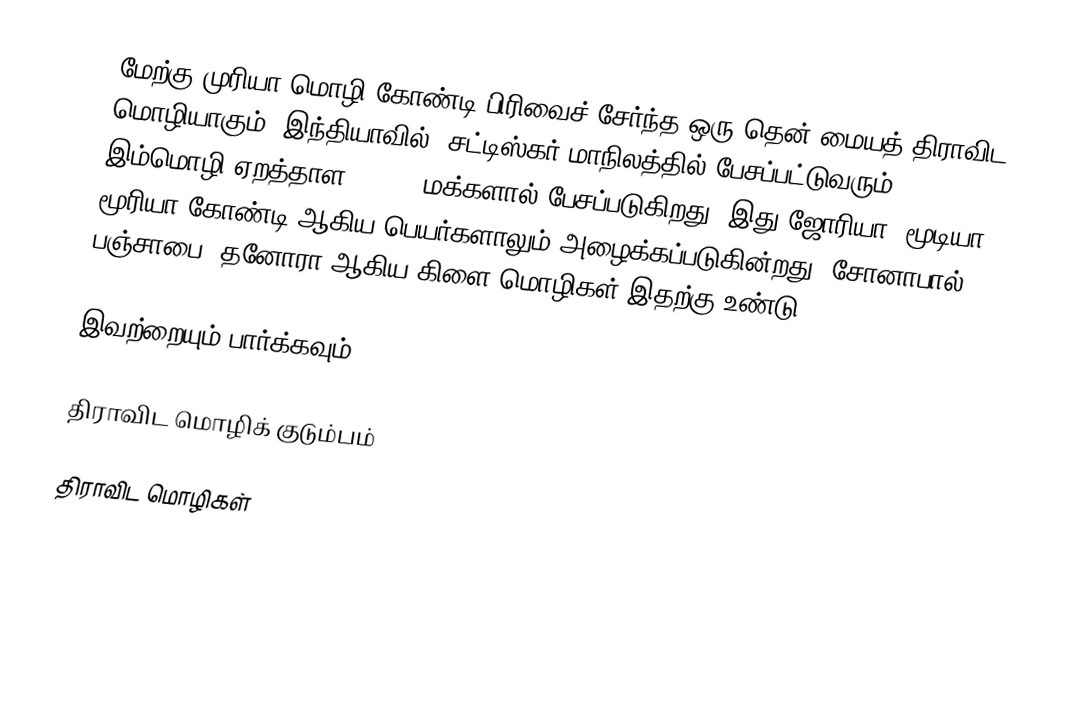
மேற்கு முரியா மொழி கோண்டி பிரிவைச் சேர்ந்த ஒரு தென்-மையத் திராவிட மொழியாகும். இந்தியாவில், சட்டிஸ்கர் மாநிலத்தில் பேசப்பட்டுவரும் இம்மொழி ஏறத்தாள 12,898 மக்களால் பேசப்படுகிறது. இது ஜோரியா, மூடியா, மூரியா கோண்டி ஆகிய பெயர்களாலும் அழைக்கப்படுகின்றது. சோனாபால், பஞ்சாபை, தனோரா ஆகிய கிளை மொழிகள் இதற்கு உண்டு.

இவற்றையும் பார்க்கவும்

 திராவிட மொழிக் குடும்பம்

திராவிட மொழிகள்